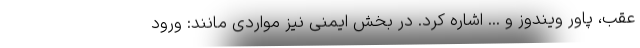
عقب، پاور ویندوز و ... اشاره کرد. در بخش ایمنی نیز مواردی مانند: ورود